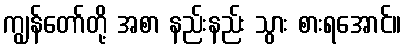
ကျွန်တော်တို့ အစာ နည်းနည်း သွား စားရအောင်။